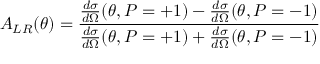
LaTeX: A _ { L R } ( \theta ) = \frac { \frac { d \sigma } { d \Omega } ( \theta , P = + 1 ) - \frac { d \sigma } { d \Omega } ( \theta , P = - 1 ) } { \frac { d \sigma } { d \Omega } ( \theta , P = + 1 ) + \frac { d \sigma } { d \Omega } ( \theta , P = - 1 ) }